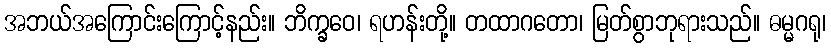
အဘယ်အကြောင်းကြောင့်နည်း။ ဘိက္ခဝေ၊ ရဟန်းတို့။ တထာဂတော၊ မြတ်စွာဘုရားသည်။ ဓမ္မဂရု၊